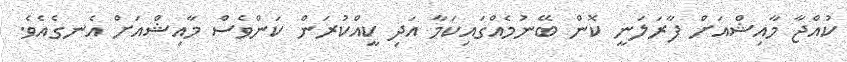
ކުއްޖާ މާއިޝްއަށް ފާރަލަނީ ކޮން ބޭނުމެއްގައިކަމާ އަދި ކީއްކުރަން ކަންވެސް މާއިޝްއަށް އެނގެއެވެ.